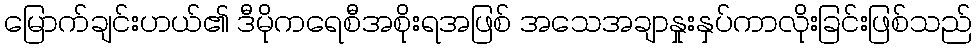
မြောက်ချင်းဟယ်၏ ဒီမိုကရေစီအစိုးရအဖြစ် အသေအချာနှုးနှပ်ကာလိုးခြင်းဖြစ်သည်